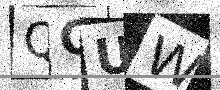
Text: QCUW